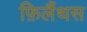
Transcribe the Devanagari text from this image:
फ़िलैंथस